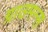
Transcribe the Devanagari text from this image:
ग्राउमन्स